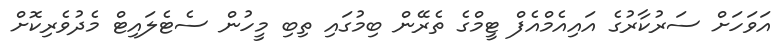
އަވަހަށް ސަރުކާރުގެ އައިއެމްއެފް ޓީމްގެ ތެރޭން ބިމުގައި ތިބި މީހުން ސެޓެލައިޓް މެދުވެރިކޮށް